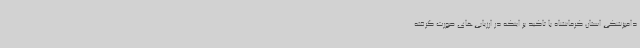
دامپزشکی استان کرمانشاه با تاکید بر اینکه در ارزیابی‌های صورت گرفته